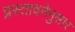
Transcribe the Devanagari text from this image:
प्रस्तावनेनुसार